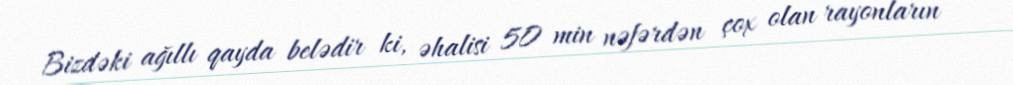
Bizdəki ağıllı qayda belədir ki, əhalisi 50 min nəfərdən çox olan rayonların